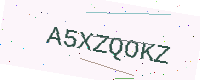
Text: A5XZQOKZ